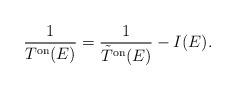
LaTeX: \begin{align*}\frac{1}{T^{\rm on}(E)}=\frac{1}{\tilde{T}^{\rm on}(E)} - I(E).\end{align*}